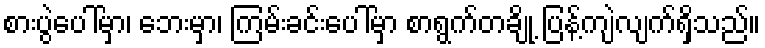
စားပွဲပေါ်မှာ၊ ဘေးမှာ၊ ကြမ်းခင်းပေါ်မှာ စာရွက်တချို့ ပြန့်ကျဲလျက်ရှိသည်။